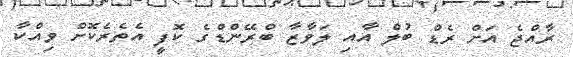
ރާއްޖެ އަށް ރެޑް ބުލް އާއި ލަވާޒާ ބްރޭންޑްގެ ކޮފީ އެތެރެކޮށް ވިއްކާ